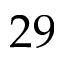
2 9